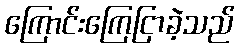
ကြောင်းကြေငြာခဲ့သည်